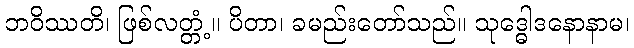
ဘဝိဿတိ၊ ဖြစ်လတ္တံ့။ ပိတာ၊ ခမည်းတော်သည်။ သုဒ္ဓေါဒနောနာမ၊